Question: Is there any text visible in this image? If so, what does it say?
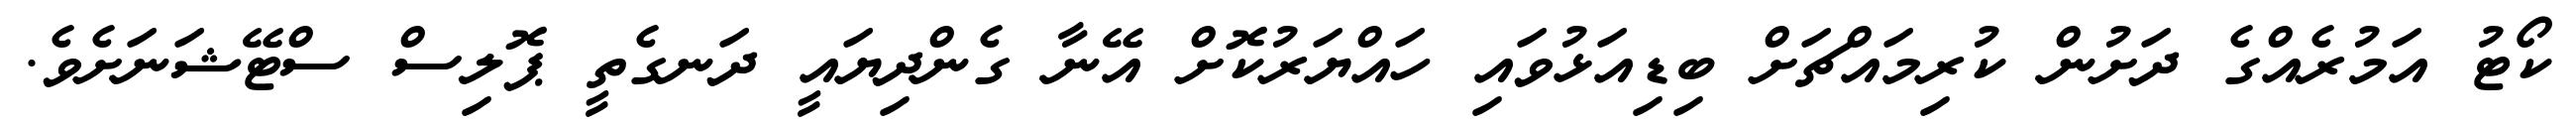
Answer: ކޯޓު އަމުރެއްގެ ދަށުން ކުރިމައްޗަށް ބިޑިއަޅުވައި ހައްޔަރުކޮށް އޭނާ ގެންދިޔައީ ދަނގެތީ ޕޮލިސް ސްޓޭޝަނަށެވެ.